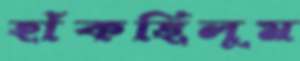
হাঁকছিলুম